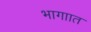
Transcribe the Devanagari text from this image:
भागाात